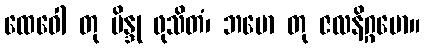
ထေဝေါ တု ဗိန္ဒု ဖုသိတံ၊ ဘမော တု ဇလနိဂ္ဂမော။